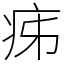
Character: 㾅